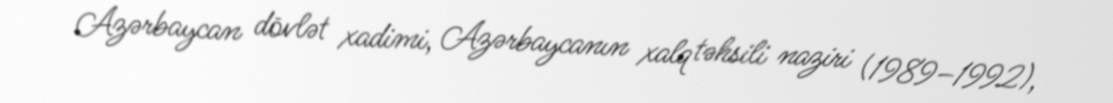
Azərbaycan dövlət xadimi, Azərbaycanın xalq təhsili naziri (1989–1992),